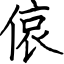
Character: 偯